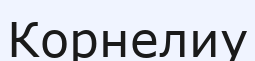
Корнелиу